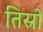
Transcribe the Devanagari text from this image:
तिस्रो